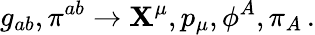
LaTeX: g_{ab},\pi^{ab}\rightarrow\mathbf{X}^{\mu},p_{\mu},\phi^{A},\pi_{A}\, .